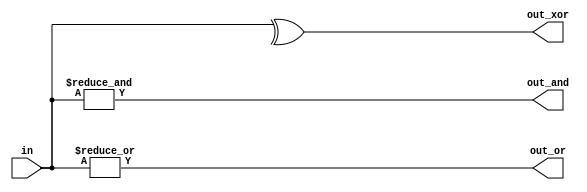
/*

Copyright 2022 Marc Ketel
SPDX-License-Identifier: Apache-2.0

*/

`default_nettype none

module top_module (
    input wire [3:0] in,
    output wire out_and,
    output wire out_or,
    output wire out_xor
);

  assign out_and = &in;
  assign out_or  = |in;
  assign out_xor = ^in;

endmodule